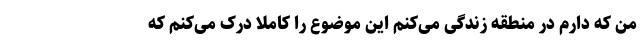
من که دارم در منطقه زندگی می‌کنم این موضوع را کاملا درک می‌کنم که